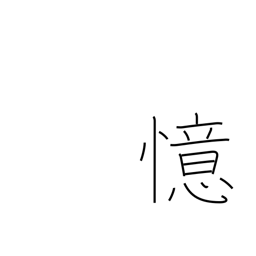
Meaning: think